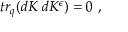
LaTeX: t r _ { q } ( d K \; d K ^ { \epsilon } ) = 0 \; ,